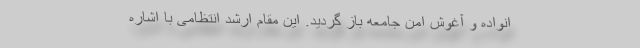
انواده و آغوش امن جامعه باز گردید. این مقام ارشد انتظامی با اشاره